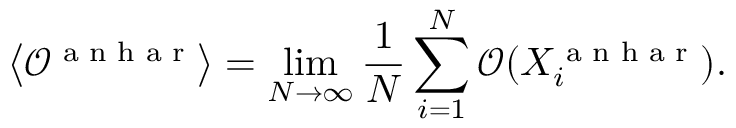
\left\langle \mathcal { O } ^ { \textrm { a n h a r } } \right\rangle = \operatorname* { l i m } _ { N \rightarrow \infty } \frac { 1 } { N } \sum _ { i = 1 } ^ { N } \mathcal { O } ( X _ { i } ^ { \textrm { a n h a r } } ) .